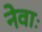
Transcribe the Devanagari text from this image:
नेवाः